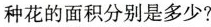
种花的面积分别是多少?